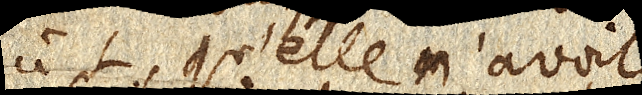
à L, qu’elle n’avoit